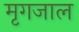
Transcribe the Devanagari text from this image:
मृगजाल